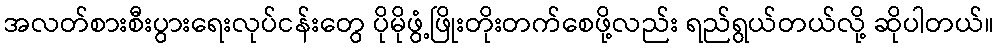
အလတ်စားစီးပွားရေးလုပ်ငန်းတွေ ပိုမိုဖွံ့ဖြိုးတိုးတက်စေဖို့လည်း ရည်ရွယ်တယ်လို့ ဆိုပါတယ်။